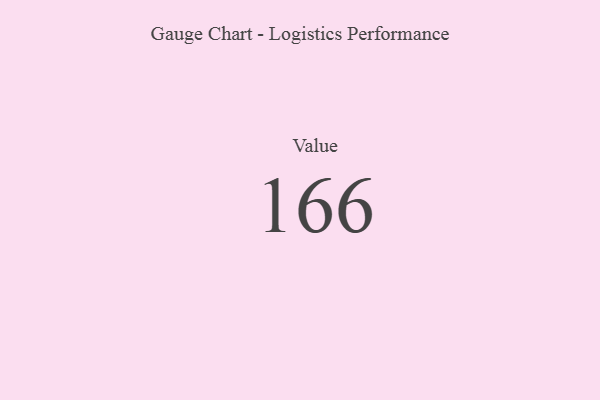
{"axis": {"x": "Metric", "y": "Value"}, "legend": [""], "data": [{"x": "Value", "y": 166, "type": ""}]}